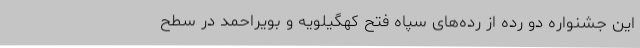
این جشنواره دو رده از رده‌های سپاه فتح کهگیلویه و بویراحمد در سطح